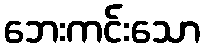
ဘေးကင်းသော